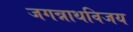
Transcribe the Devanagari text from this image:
जगन्नाथविजय